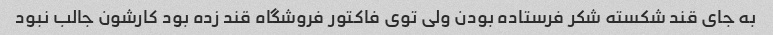
به جای قند شکسته شکر فرستاده بودن ولی توی فاکتور فروشگاه قند زده بود کارشون جالب نبود